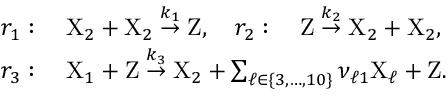
\begin{array} { r l } & { r _ { 1 } : \quad \mathrm { X } _ { 2 } + \mathrm { X } _ { 2 } \stackrel { k _ { 1 } } { \rightarrow } \mathrm { Z } , \quad r _ { 2 } : \quad \mathrm { Z } \stackrel { k _ { 2 } } { \rightarrow } \mathrm { X } _ { 2 } + \mathrm { X } _ { 2 } , } \\ & { r _ { 3 } : \quad \mathrm { X } _ { 1 } + \mathrm { Z } \stackrel { k _ { 3 } } { \rightarrow } \mathrm { X } _ { 2 } + \sum _ { \ell \in \{ 3 , \dots , 1 0 \} } \nu _ { \ell 1 } \mathrm { X } _ { \ell } + \mathrm { Z } . } \end{array}